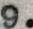
9.